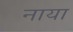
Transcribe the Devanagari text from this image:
नाया